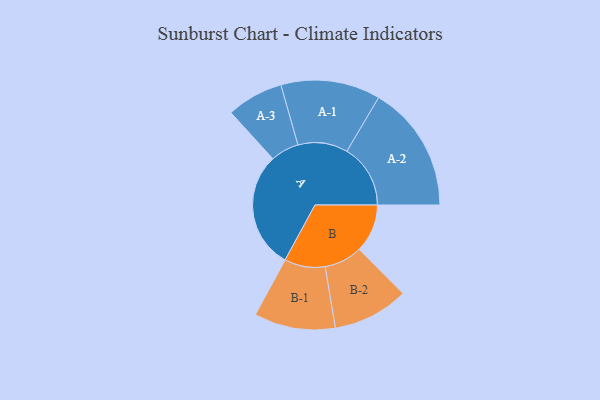
{"axis": {"x": "Segment", "y": "Value"}, "legend": ["", "A", "B"], "data": [{"x": "A", "y": 474, "type": ""}, {"x": "B", "y": 196, "type": ""}, {"x": "A-1", "y": 202, "type": "A"}, {"x": "A-2", "y": 258, "type": "A"}, {"x": "A-3", "y": 115, "type": "A"}, {"x": "B-1", "y": 165, "type": "B"}, {"x": "B-2", "y": 154, "type": "B"}]}